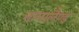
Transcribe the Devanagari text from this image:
नागालैण्‍ड